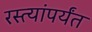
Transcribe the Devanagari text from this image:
रस्त्यांपर्यंत